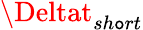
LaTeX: \Deltat_{sh\mathtt{o}rt}